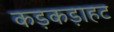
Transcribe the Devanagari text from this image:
कड़कड़ाहट